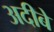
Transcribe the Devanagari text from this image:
अदीबे